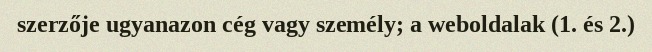
szerzője ugyanazon cég vagy személy; a weboldalak (1. és 2.)